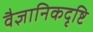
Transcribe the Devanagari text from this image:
वैज्ञानिकदृष्टि